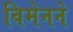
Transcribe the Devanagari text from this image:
विमेनने